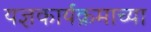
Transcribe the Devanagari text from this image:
यज्ञकार्यक्रमाच्या